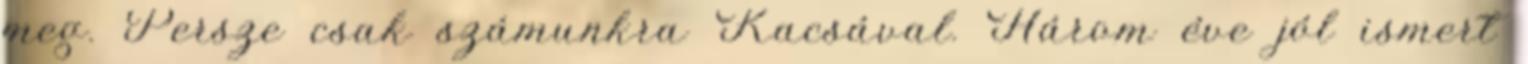
meg. Persze csak számunkra Kacsával. Három éve jól ismert